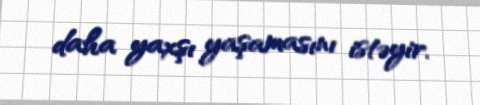
daha yaxşı yaşamasını istəyir.